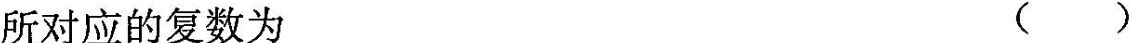
所对应的复数为()